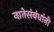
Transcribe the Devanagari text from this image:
नातेसंबंधांनी